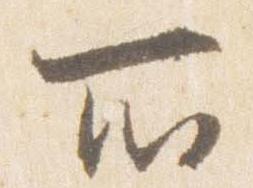
所